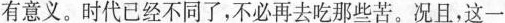
有意义。时代已经不同了，不必再去吃那些苦。况且，这一